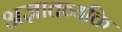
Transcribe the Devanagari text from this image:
अज्ञातव्यक्ति